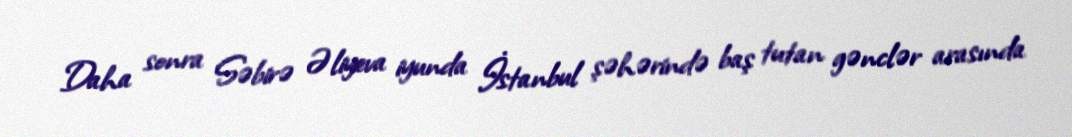
Daha sonra Səbirə Əliyeva iyunda İstanbul şəhərində baş tutan gənclər arasında